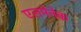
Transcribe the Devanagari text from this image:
एलमेनेक